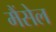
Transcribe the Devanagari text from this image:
मैंसेल